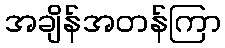
အချိန်အတန်ကြာ